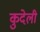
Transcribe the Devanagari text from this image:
कुदेली